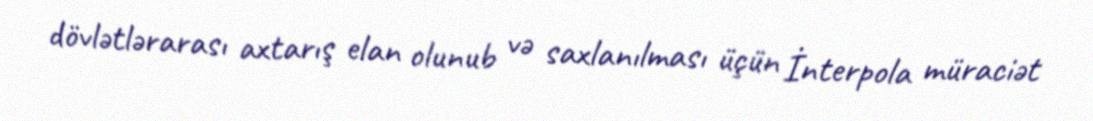
dövlətlərarası axtarış elan olunub və saxlanılması üçün İnterpola müraciət